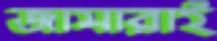
জামারাই